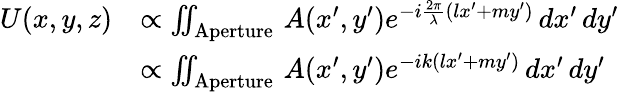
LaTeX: {\begin{array}{rl}{U(x,y,z)}&{\propto\iint_{\mathrm{Aperture}}\, A(x^{\prime},y^{\prime})e^{-i{\frac{2\pi}{\lambda}}(lx^{\prime}+my^{\prime})}\, dx^{\prime}\, dy^{\prime}}\\ &{\propto\iint_{\mathrm{Aperture}}\, A(x^{\prime},y^{\prime})e^{-ik(lx^{\prime}+my^{\prime})}\, dx^{\prime}\, dy^{\prime}}\end{array}}